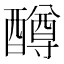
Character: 𫑼